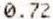
0.72